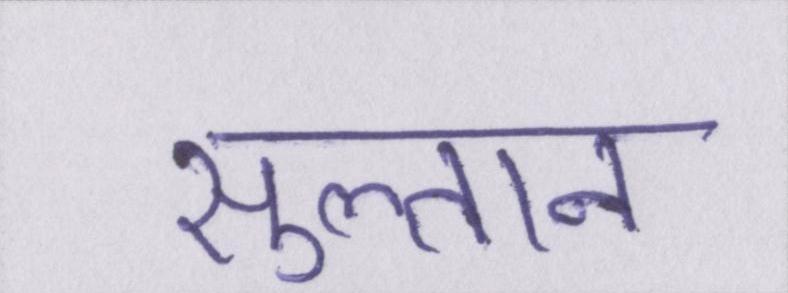
सुल्तान